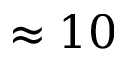
\approx 1 0